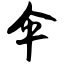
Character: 伞